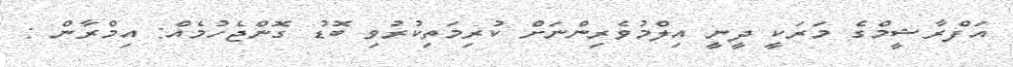
އަފްރާޝީމްގެ މަރަކީ ދީނީ އިލްމުވެރިންނަށް ކުރިމަތިކުރުވި ބޮޑު ގޮންޖެހުމެއް: އިމްރާން :